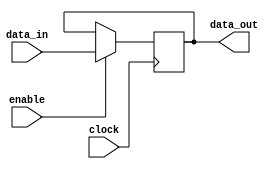
// This program was cloned from: https://github.com/FPGADude/Digital-Design
// License: GNU General Public License v3.0

module register(clock, enable, data_in, data_out);
  input			clock;
  input			enable;
  input      [15:0] 	data_in;
  output reg [15:0] 	data_out;

always @(negedge clock)
  begin
    if( enable )
    begin
      data_out <= data_in;
    end
  end

endmodule